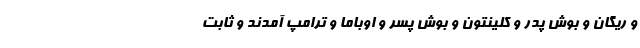
و ریگان و بوش پدر و کلینتون و بوش پسر و اوباما و ترامپ آمدند و ثابت